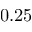
0 . 2 5